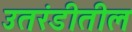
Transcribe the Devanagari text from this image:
उतरंडीतील